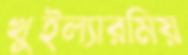
খুইল্যারমিয়